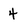
Character: 4